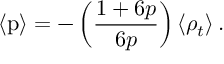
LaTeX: \left< \mathrm { p } \right> = - \left( \frac { 1 + 6 p } { 6 p } \right) \left< \rho _ { t } \right> .